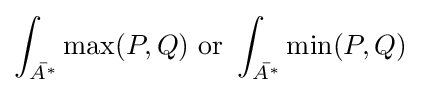
\int _{\bar {A^{*}}}\max(P,Q){\text{ or }}\int _{\bar {A^{*}}}\min(P,Q)